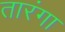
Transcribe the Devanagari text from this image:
तारंगा